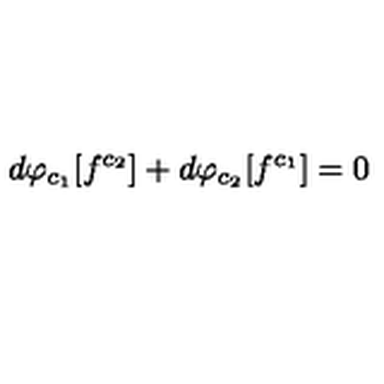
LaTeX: d \varphi _ { c _ { 1 } } [ f ^ { c _ { 2 } } ] + d \varphi _ { c _ { 2 } } [ f ^ { c _ { 1 } } ] = 0